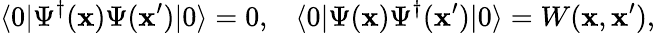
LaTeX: \langle0|\Psi^{\dagger}(\mathbf{x})\Psi(\mathbf{x}^{\prime})|0\rangle=0,\; \; \; \langle0|\Psi(\mathbf{x})\Psi^{\dagger}(\mathbf{x}^{\prime})|0\rangle=W(\mathbf{x},\mathbf{x}^{\prime}),